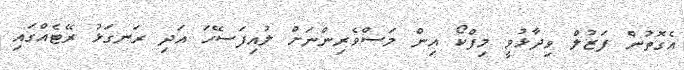
އެގޮތުން ފަޒުލް ވިދާޅުވީ މިފްކޯ އިން މަސްވެރިންނަށް ލުއިފަސޭހަ އަދި ރަނގަޅު ރޭޓެއްގައި